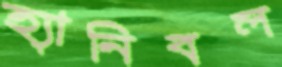
হ্যানিবল